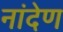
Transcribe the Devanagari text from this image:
नांदेण